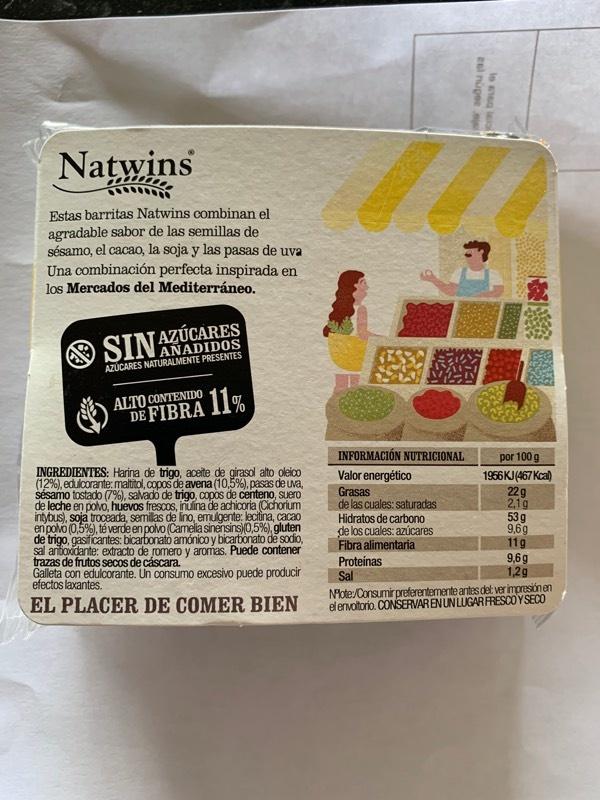
Natwins
Estas barritas Natwins combinan el agradable sabor de las semillas de sésamo, el cacao, la soja y las pasas de uva Una combinación perfecta inspirada en los Mercados del Mediterráneo.
SINANADIDOS
AZÚCARES
AZUCARES NATURALMENTE PRESENTES
ALTO CONTENIDO
DE FIBRA 11%
INGREDIENTES: Harina de trigo, aceite de girasol alto oleico (12%), edulcorante: maltitol, copos de avena (10,5%), pasas de uva, sésamo tostado (7%), salvado de trigo, copos de centeno, suero de leche en polvo, huevos frescos, inulina de achicoria (Cichorium intybus), soja troceada, semillas de lino, emulgente: lecitina, cacao en polvo (0,5%), té verde en polvo (Camelia sinensins)(0,5%), gluten de trigo, gasificantes: bicarbonato amónico y bicarbonato de sodio, sal antioxidante: extracto de romero y aromas. Puede contener trazas de frutos secos de cáscara.
Galleta con edulcorante. Un consumo excesivo puede producir efectos laxantes.
EL PLACER DE COMER BIEN
INFORMACIÓN NUTRICIONAL Valor energético
Grasas
de las cuales: saturadas Hidratos de carbono de los cuales: azúcares Fibra alimentaria
Proteínas
Sal
el núpes
le seg le
por 100 g 1966 KJ (467 Kcal) 22 g
2,19
53g
9,69
11g
9,6g
1,2g
Note:/Consumir preferentemente antes del ver impresión en el envoltorio. CONSERVAR EN UN LUGAR FRESCO Y SECO